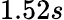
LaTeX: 1.52s